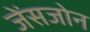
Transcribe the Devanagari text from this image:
जेंसजोन